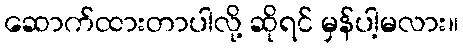
ဆောက်ထားတာပါလို့ ဆိုရင် မှန်ပါ့မလား။